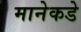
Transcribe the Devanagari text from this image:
मानेकडे